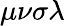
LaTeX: \mu\nu\sigma\lambda